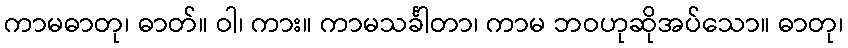
ကာမဓာတု၊ ဓာတ်။ ဝါ၊ ကား။ ကာမသင်္ခါတာ၊ ကာမ ဘဝဟုဆိုအပ်သော။ ဓာတု၊